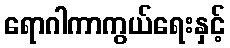
ရောဂါကာကွယ်ရေးနှင့်